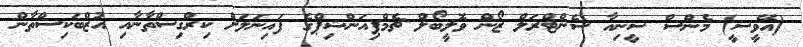
(އޭވީސީ) މެންސް ސީނިއާ ސެންޓްރަލް ޒޯން ވޮލީބޯލް ޗެމްޕިއަންޝިޕްގެ ފައިނަލަށް ކިރްގިސްތާނާއި އުޒްބަކިސްތާން